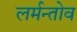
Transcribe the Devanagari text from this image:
लर्मन्तोव